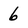
Character: 6